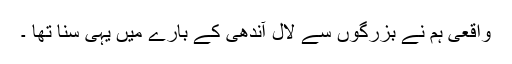
واقعی ہم نے بزرگوں سے لال آندھی کے بارے میں یہی سنا تھا ۔